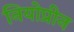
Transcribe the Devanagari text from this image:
नियोप्रीन